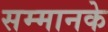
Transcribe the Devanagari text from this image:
सम्मानके